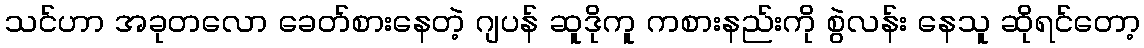
သင်ဟာ အခုတလော ခေတ်စားနေတဲ့ ဂျပန် ဆူဒိုကူ ကစားနည်းကို စွဲလန်း နေသူ ဆိုရင်တော့